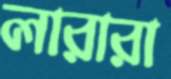
লারারা